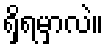
ရှိရမှာလဲ။